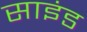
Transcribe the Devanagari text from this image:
साइंड